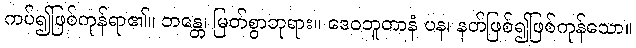
ကပ်၍ဖြစ်ကုန်ရာ၏။ ဘန္တေ၊ မြတ်စွာဘုရား။ ဒေဝဘူတာနံ ပန၊ နတ်ဖြစ်၍ဖြစ်ကုန်သော။